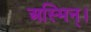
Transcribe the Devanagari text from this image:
अस्मिन्।